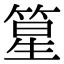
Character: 篂